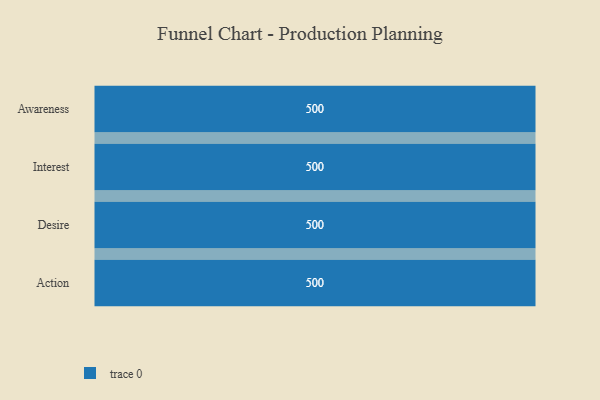
{"axis": {"x": "Stage", "y": "Value"}, "legend": [""], "data": [{"x": "Awareness", "y": 500, "type": ""}, {"x": "Interest", "y": 500, "type": ""}, {"x": "Desire", "y": 500, "type": ""}, {"x": "Action", "y": 500, "type": ""}]}